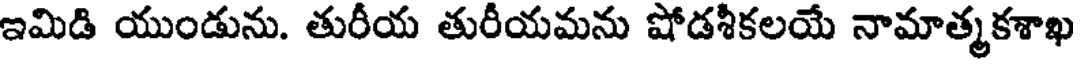
ఇమిడి యుండును. తురీయ తురీయమను షోడశీకలయే నామాత్మకశాఖ